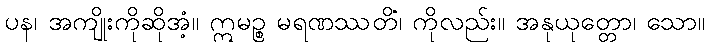
ပန၊ အကျိုးကိုဆိုအံ့။ ဣမဉ္စ မရဏဿတိံ၊ ကိုလည်း။ အနုယုတ္တော၊ သော။